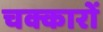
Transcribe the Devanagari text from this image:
चक्कारों